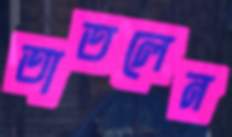
তাতলেন